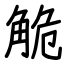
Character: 觤